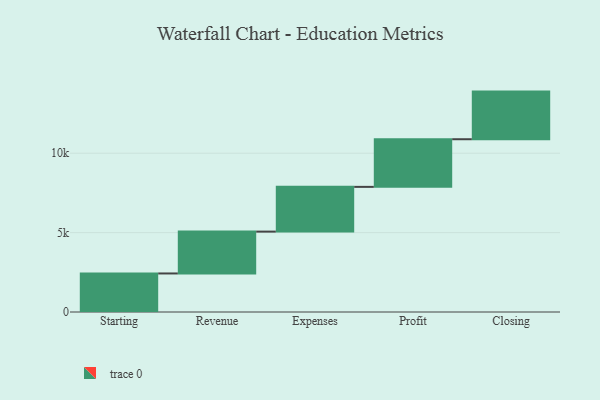
{"axis": {"x": "Step", "y": "Value"}, "legend": [""], "data": [{"x": "Starting", "y": 2427.0, "type": ""}, {"x": "Revenue", "y": 2636.0, "type": ""}, {"x": "Expenses", "y": 2818.0, "type": ""}, {"x": "Profit", "y": 3000, "type": ""}, {"x": "Closing", "y": 3000, "type": ""}]}